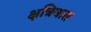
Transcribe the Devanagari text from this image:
क्षत्रियात